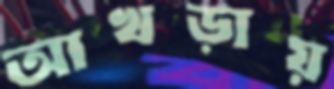
আখড়ায়